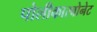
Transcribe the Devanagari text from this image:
पोलीकारबोनेट